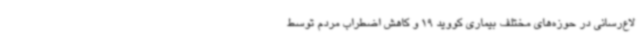
لاع‌رسانی در حوزه‌های مختلف بیماری کووید 19 و کاهش اضطراب مردم توسط